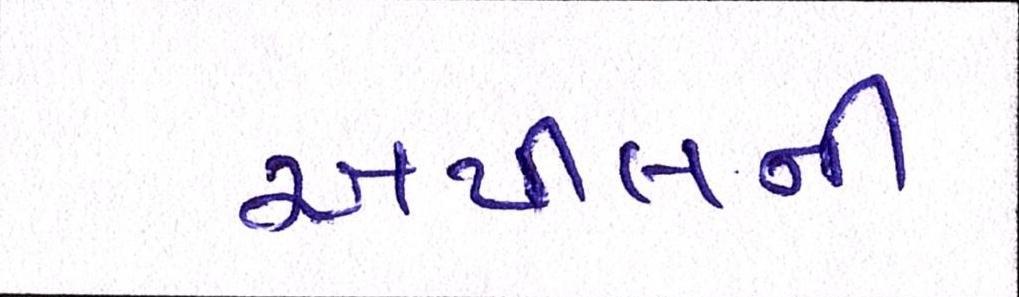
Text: અપીલની